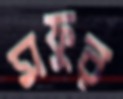
মফুর